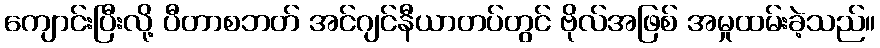
ကျောင်းပြီးလို့ ပီတာစဘတ် အင်ဂျင်နီယာတပ်တွင် ဗိုလ်အဖြစ် အမှုထမ်းခဲ့သည်။